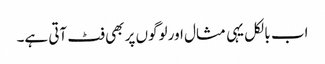
اب بالکل یہی مثال اور لوگوں پر بھی فٹ آتی ہے۔